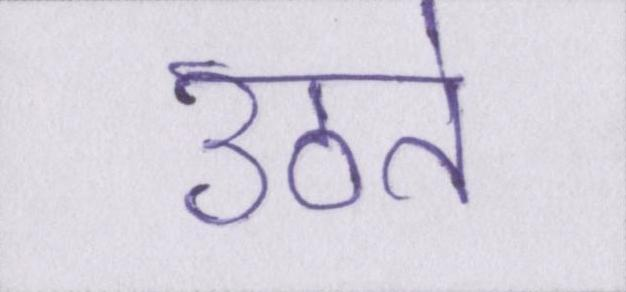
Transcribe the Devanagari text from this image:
उठते